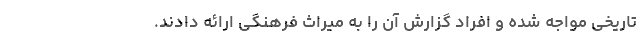
تاریخی مواجه شده و افراد گزارش آن را به میراث فرهنگی ارائه دادند.